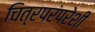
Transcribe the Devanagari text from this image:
चित्रपरंपरेशी